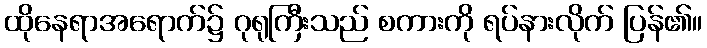
ထိုနေရာအရောက်၌ ဂုရုကြီးသည် စကားကို ရပ်နားလိုက် ပြန်၏။